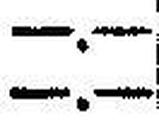
—.—